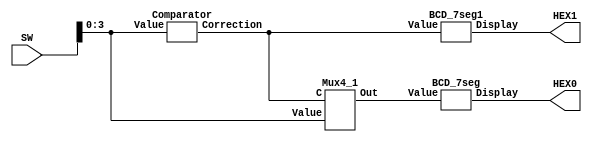
module Lab2(HEX0, HEX1, SW);
	output [0:6] HEX0, HEX1;
	input [9:0] SW;
	wire C;
	wire [3:0] Val;
	
	Comparator Com(SW[3:0], C);
	Mux4_1 Display1(SW[3:0], C, Val);
	
	BCD_7seg Segment1(Val, HEX0);
	BCD_7seg1 Segment2(C, HEX1);
	
endmodule

//normal 7 seg decoder
module BCD_7seg1(Value, Display);
    input Value;
    output [0:6] Display;

    assign Display[0:6] = (~Value) ? 7'b0000001 : 7'b1001111;
endmodule

module BCD_7seg(Value, Display);
	input [3:0] Value;
	output [0:6] Display;
	
	assign Display[0] = (Value[3] & Value[0] & (Value[2] ^ Value[1])) | (~Value[3] & ~Value[1] & (Value[2] ^ Value[0]));
	assign Display[1] = (Value[3] & Value[2] & (Value[1] | ~Value[0])) | (Value[3] & Value[1] & Value[0]) | (~Value[3] & Value[2] & (Value[1] ^ Value[0]));
	assign Display[2] = (Value[3] & Value[2] & (Value[1] | ~Value[0])) | (~Value[3] & ~Value[2] & Value[1] & ~Value[0]);
	assign Display[3] = (Value[2] & Value[1] & Value[0]) | (~Value[2] & ~Value[1] & Value[0]) | (~Value[3] & Value[2] & ~Value[1] & ~Value[0]) | (Value[3] & ~Value[2] & Value[1] & ~Value[0]);
	assign Display[4] = (~Value[3] & Value[2] & (~Value[1] | Value[0])) | (~Value[2] & Value[0] & (~Value[3] | ~Value[1]));
	assign Display[5] = (~Value[3] & ~Value[2] & (Value[1] | Value[0])) | (~Value[3] & Value[0] & (~Value[2] | Value[1])) | (Value[3] & Value[2] & ~Value[1] & Value[0]);
	assign Display[6] = (~Value[3] & ~Value[2] & ~Value[1]) | (~Value[3] & Value[2] & Value[1] & Value[0]) | (Value[3] & Value[2] & ~Value[1] & ~Value[0]);
	
endmodule

//compartator > 9

module Comparator(Value, Correction);
	
	input [3:0] Value;
	output Correction;
	
	assign Correction = (Value[3] & (Value[2] | Value[1]));
	
endmodule

//hex display
module Mux4_1(Value, C, Out);
	
	input [3:0] Value;
	input C;
	output [3:0] Out;
	
	assign Out = Value - (4'b1010 & {4{C}});
	
endmodule